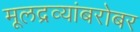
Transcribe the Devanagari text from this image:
मूलद्रव्यांबरोबर